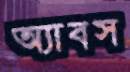
অ্যাবস